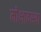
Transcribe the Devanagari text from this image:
मोक्षावस्था